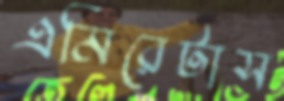
এমিরেটাস